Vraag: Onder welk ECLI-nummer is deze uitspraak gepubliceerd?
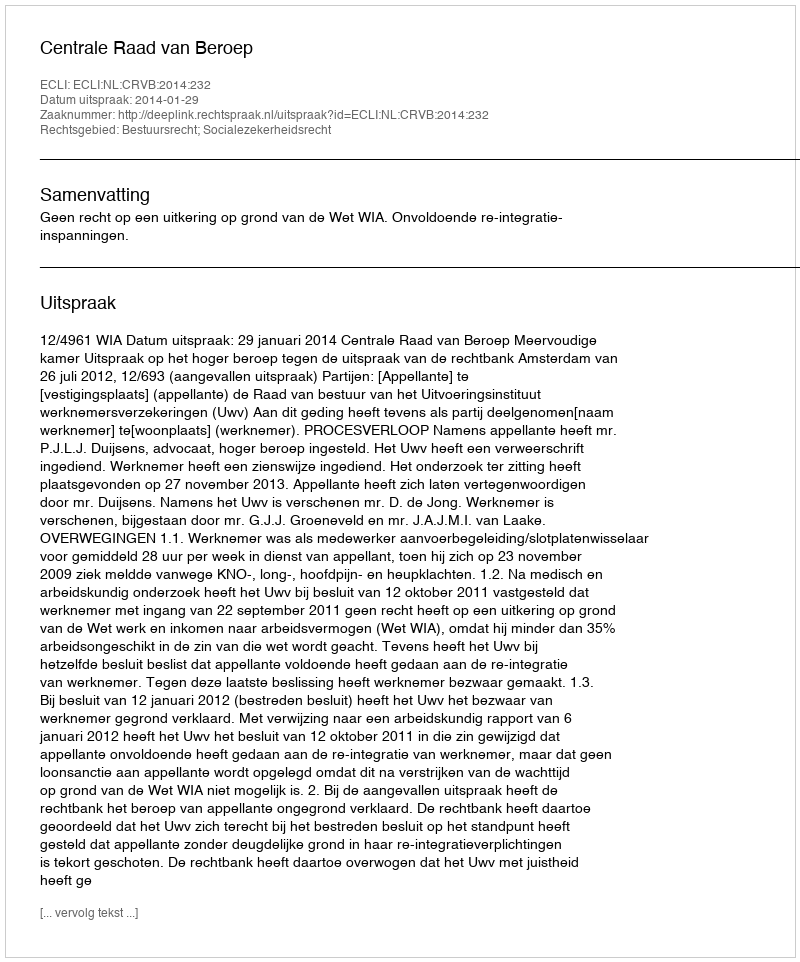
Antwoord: ECLI:NL:CRVB:2014:232